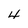
Character: 4